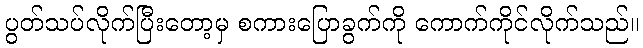
ပွတ်သပ်လိုက်ပြီးတော့မှ စကားပြောခွက်ကို ကောက်ကိုင်လိုက်သည်။